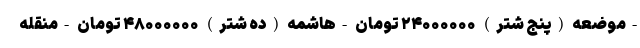
-موضعه (پنج شتر) ۲۴۰۰۰۰۰۰ تومان -هاشمه (ده شتر) ۴۸۰۰۰۰۰۰ تومان -منقله